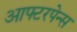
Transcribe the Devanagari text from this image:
आफ्टरपेन्स